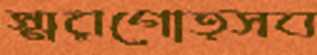
স্মরণোত্সব